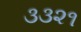
૩૩૨૧